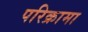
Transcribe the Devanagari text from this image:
परिक्रामा